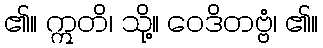
၏။ ဣတိ၊ သို့။ ဝေဒိတဗ္ဗံ၊ ၏။